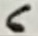
Text: 6